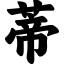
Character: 蒂